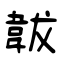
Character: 韍